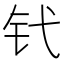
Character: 𬬩